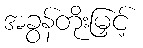
အခွန်တိုးမြှင့်